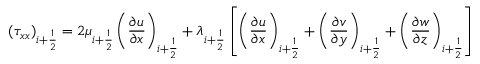
( \tau _ { x x } ) _ { i + \frac { 1 } { 2 } } = 2 \mu _ { i + \frac { 1 } { 2 } } \left( \frac { \partial u } { \partial x } \right) _ { i + \frac { 1 } { 2 } } + \lambda _ { i + \frac { 1 } { 2 } } \left[ \left( \frac { \partial u } { \partial x } \right) _ { i + \frac { 1 } { 2 } } + \left( \frac { \partial v } { \partial y } \right) _ { i + \frac { 1 } { 2 } } + \left( \frac { \partial w } { \partial z } \right) _ { i + \frac { 1 } { 2 } } \right]